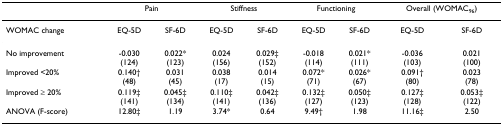
<table><thead><tr><td></td><td colspan="2"><b>Pain</b></td><td colspan="2"><b>Stiffness</b></td><td colspan="2"><b>Functioning</b></td><td colspan="2"><b>Overall (WOMAC<sub>96</sub>)</b></td></tr></thead><tbody><tr><td>WOMAC change</td><td>EQ-5D</td><td>SF-6D</td><td>EQ-5D</td><td>SF-6D</td><td>EQ-5D</td><td>SF-6D</td><td>EQ-5D</td><td>SF-6D</td></tr><tr><td>No improvement</td><td>-0.030(124)</td><td>0.022*(123)</td><td>0.024(156)</td><td>0.029‡(152)</td><td>-0.018(114)</td><td>0.021*(111)</td><td>-0.036(103)</td><td>0.021(100)</td></tr><tr><td>Improved &lt;20%</td><td>0.140†(48)</td><td>0.031(45)</td><td>0.038(17)</td><td>0.014(15)</td><td>0.072*(71)</td><td>0.026*(67)</td><td>0.091†(80)</td><td>0.023(78)</td></tr><tr><td>Improved ≥ 20%</td><td>0.119‡(141)</td><td>0.045‡(134)</td><td>0.110‡(141)</td><td>0.042‡(136)</td><td>0.132‡(127)</td><td>0.050‡(123)</td><td>0.127‡(128)</td><td>0.053‡(122)</td></tr><tr><td>ANOVA (F-score)</td><td>12.80‡</td><td>1.19</td><td>3.74*</td><td>0.64</td><td>9.49†</td><td>1.98</td><td>11.16‡</td><td>2.50</td></tr></tbody></table>